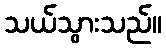
သယ်သွားသည်။